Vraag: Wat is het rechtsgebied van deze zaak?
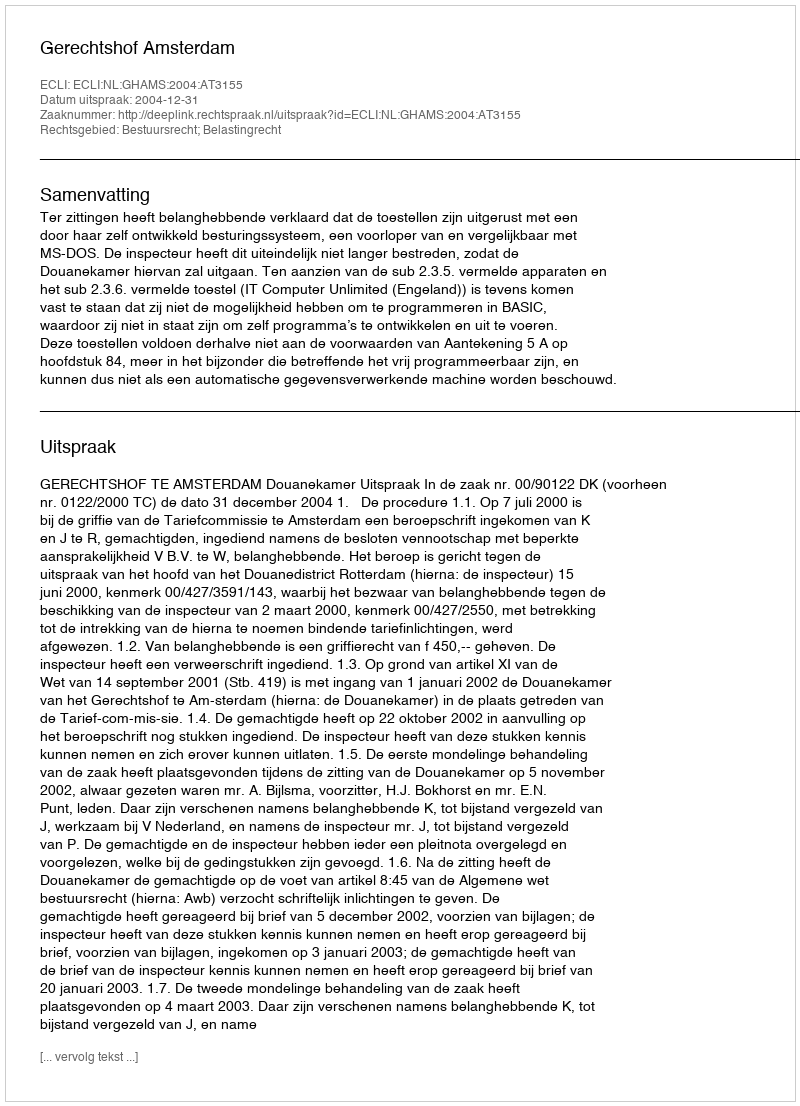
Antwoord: Bestuursrecht; Belastingrecht